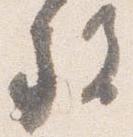
施